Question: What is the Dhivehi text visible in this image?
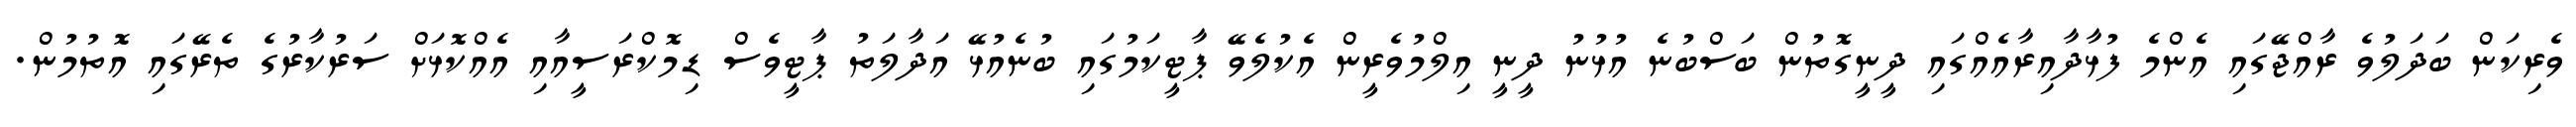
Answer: ވެރިކަން ބަދަލުވެ ރާއްޖޭގައި އެންމެ ފުޅާދާއިރާއެއްގައި ދީނީގޮތުން ބަސްބުނެ އުޅުނު ދީނީ އިލްމުވެރީން އެކުލެވޭ ޕާޓީކަމުގައި ބުނެއުޅޭ އަދާލަތު ޕާޓީވެސް ޑިމޮކްރަސީއާއި އެއްކޮޅަށް ސަރުކާރުގެ ތެރޭގައި އޮތުމުން.